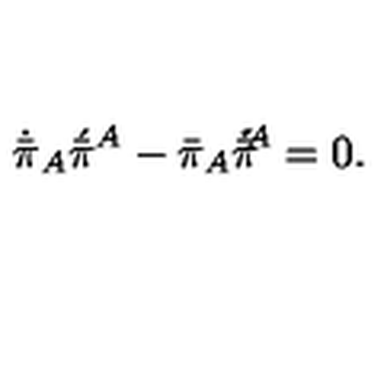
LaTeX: \dot { \bar { \pi } } _ { A } \acute { \bar { \pi } } { } ^ { A } - \bar { \pi } _ { A } \bar { \pi } \! \! \dot { \vphantom { \bar { \pi } } } \acute { \vphantom { \bar { \pi } } } { } ^ { A } = 0 .